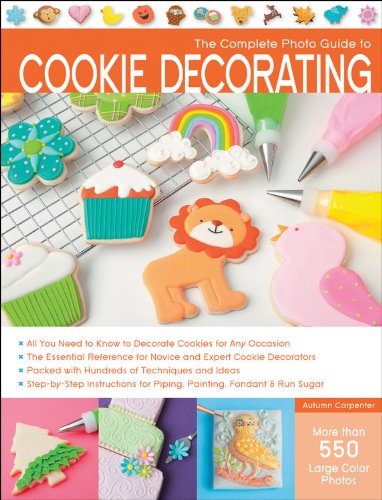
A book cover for The Complete Photo Guide to Cookie Decorating; Autumn Carpenter; Cookbooks, Food & Wine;